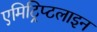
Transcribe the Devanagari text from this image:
एमिट्रिप्टलाइन